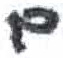
אות: ם